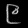
Digit: ၉